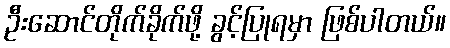
ဦးဆောင်တိုက်ခိုက်ဖို့ ခွင့်ပြုရမှာ ဖြစ်ပါတယ်။